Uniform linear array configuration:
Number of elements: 24
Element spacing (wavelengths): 0.25
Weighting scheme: hamming
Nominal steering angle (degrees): -45
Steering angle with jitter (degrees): -44.644
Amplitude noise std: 0.05
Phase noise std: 0.05

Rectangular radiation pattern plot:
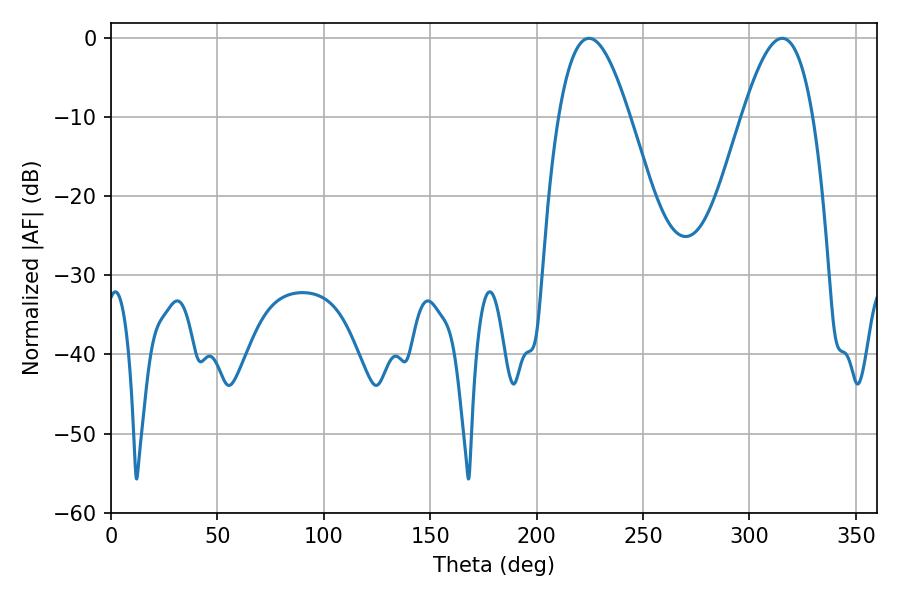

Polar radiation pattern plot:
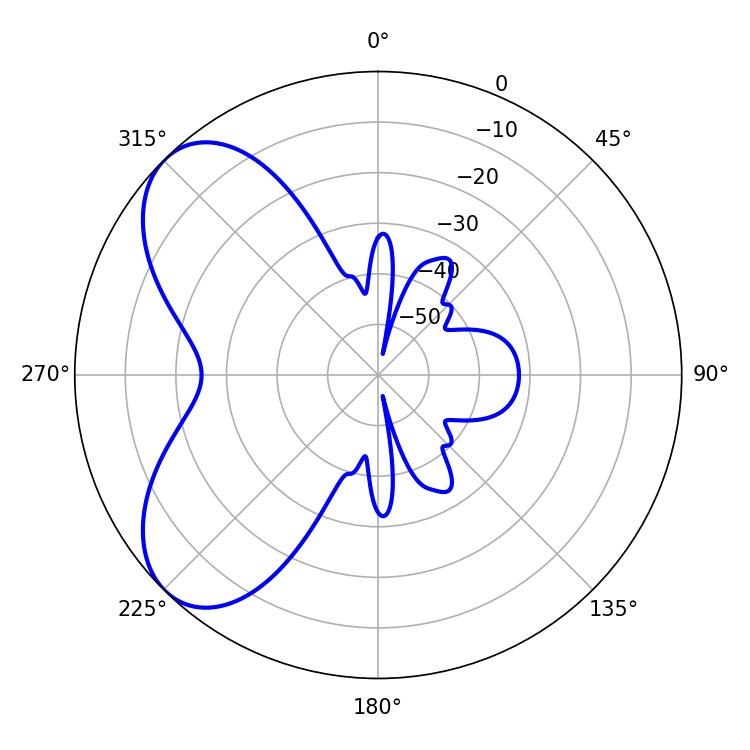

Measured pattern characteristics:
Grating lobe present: FALSE
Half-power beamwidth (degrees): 18
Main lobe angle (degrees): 224.64